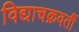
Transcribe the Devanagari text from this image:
विद्याचक्रवर्ती